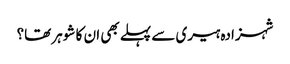
شہزادہ ہیری سے پہلے بھی ان کا شوہر تھا؟